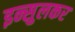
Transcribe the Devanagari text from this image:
इन्सुलकर